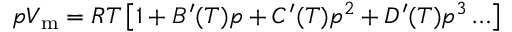
p V _ { \mathrm { m } } = R T \left[ 1 + B ^ { \prime } ( T ) p + C ^ { \prime } ( T ) p ^ { 2 } + D ^ { \prime } ( T ) p ^ { 3 } \ldots \right]